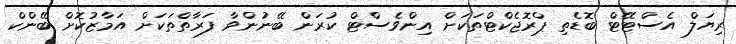
ރިޔަލް އެސްޓޭޓް ބޮޑެތި ޕްރޮޖެކްޓްތަކަށް އިންވެސްޓް ކުރަން ބޭނުންވާ ފަރާތްތަކަށް އަމާޒުކޮށް ބޭންކް